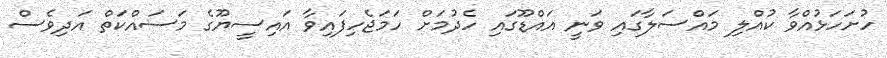
ހުށަހަޅުއްވާ ކުއްލި މައްސަލާގައި ވަނީ އައްޑޫގައި ހެދުމަށް ހަމަޖެހިފައިވާ އައިސީޔޫގެ މަސައްކަތް އަދިވެސް